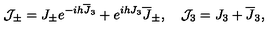
{ \cal J } _ { \pm } = J _ { \pm } e ^ { - i h { \overline { J } } _ { 3 } } + e ^ { i h J _ { 3 } } { \overline { J } } _ { \pm } , \quad { \cal J } _ { 3 } = J _ { 3 } + { \overline { J } } _ { 3 } ,